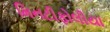
મિનટીફોલીયા